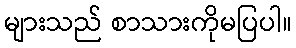
များသည် စာသားကိုမပြပါ။